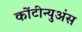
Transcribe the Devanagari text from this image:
कोंटीन्युअंस